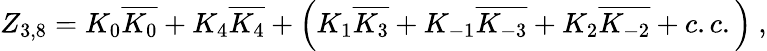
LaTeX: Z_{3,8}=K_{0}\overline{{{K_{0}}}}+K_{4}\overline{{{K_{4}}}}+\left(K_{1}\overline{{{K_{3}}}}+K_{-1}\overline{{{K_{-3}}}}+K_{2}\overline{{{K_{-2}}}}+c.c.\right)\ ,